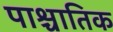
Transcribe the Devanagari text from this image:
पाश्चातिक